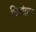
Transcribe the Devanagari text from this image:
थियोग्नाज